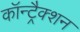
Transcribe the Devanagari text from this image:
कॉन्ट्रैक्शन